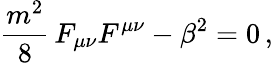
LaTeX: \frac{m^{2}}{8}\, F_{\mu\nu}F^{\mu\nu}-\beta^{2}=0\, ,